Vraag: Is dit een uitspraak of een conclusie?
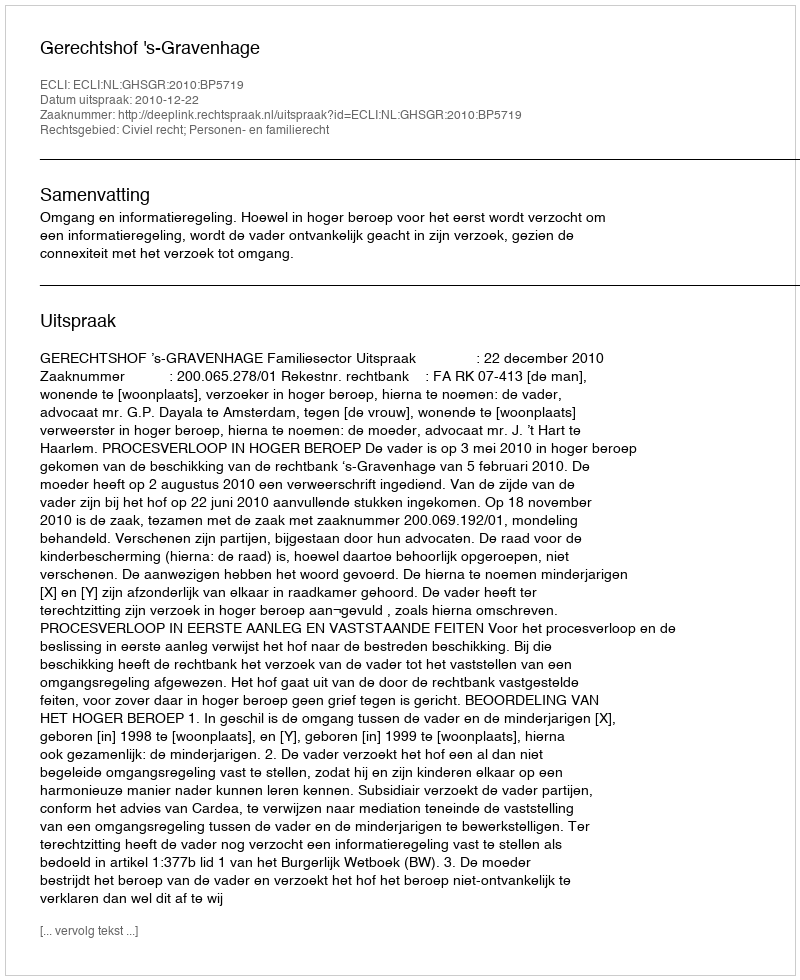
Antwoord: Uitspraak